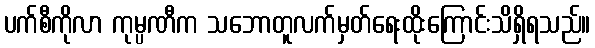
ပက်စီကိုလာ ကုမ္ပဏီက သဘောတူလက်မှတ်ရေးထိုးကြောင်းသိရှိရသည်။